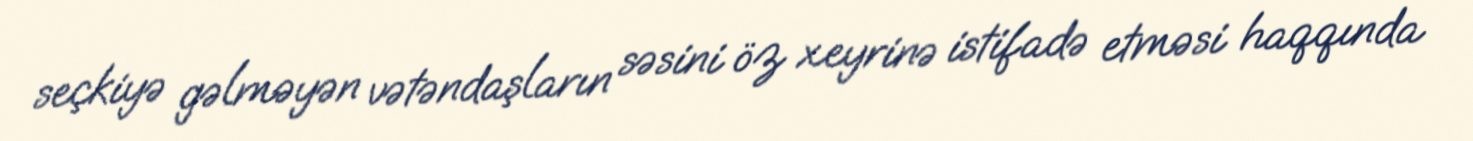
seçkiyə gəlməyən vətəndaşların səsini öz xeyrinə istifadə etməsi haqqında